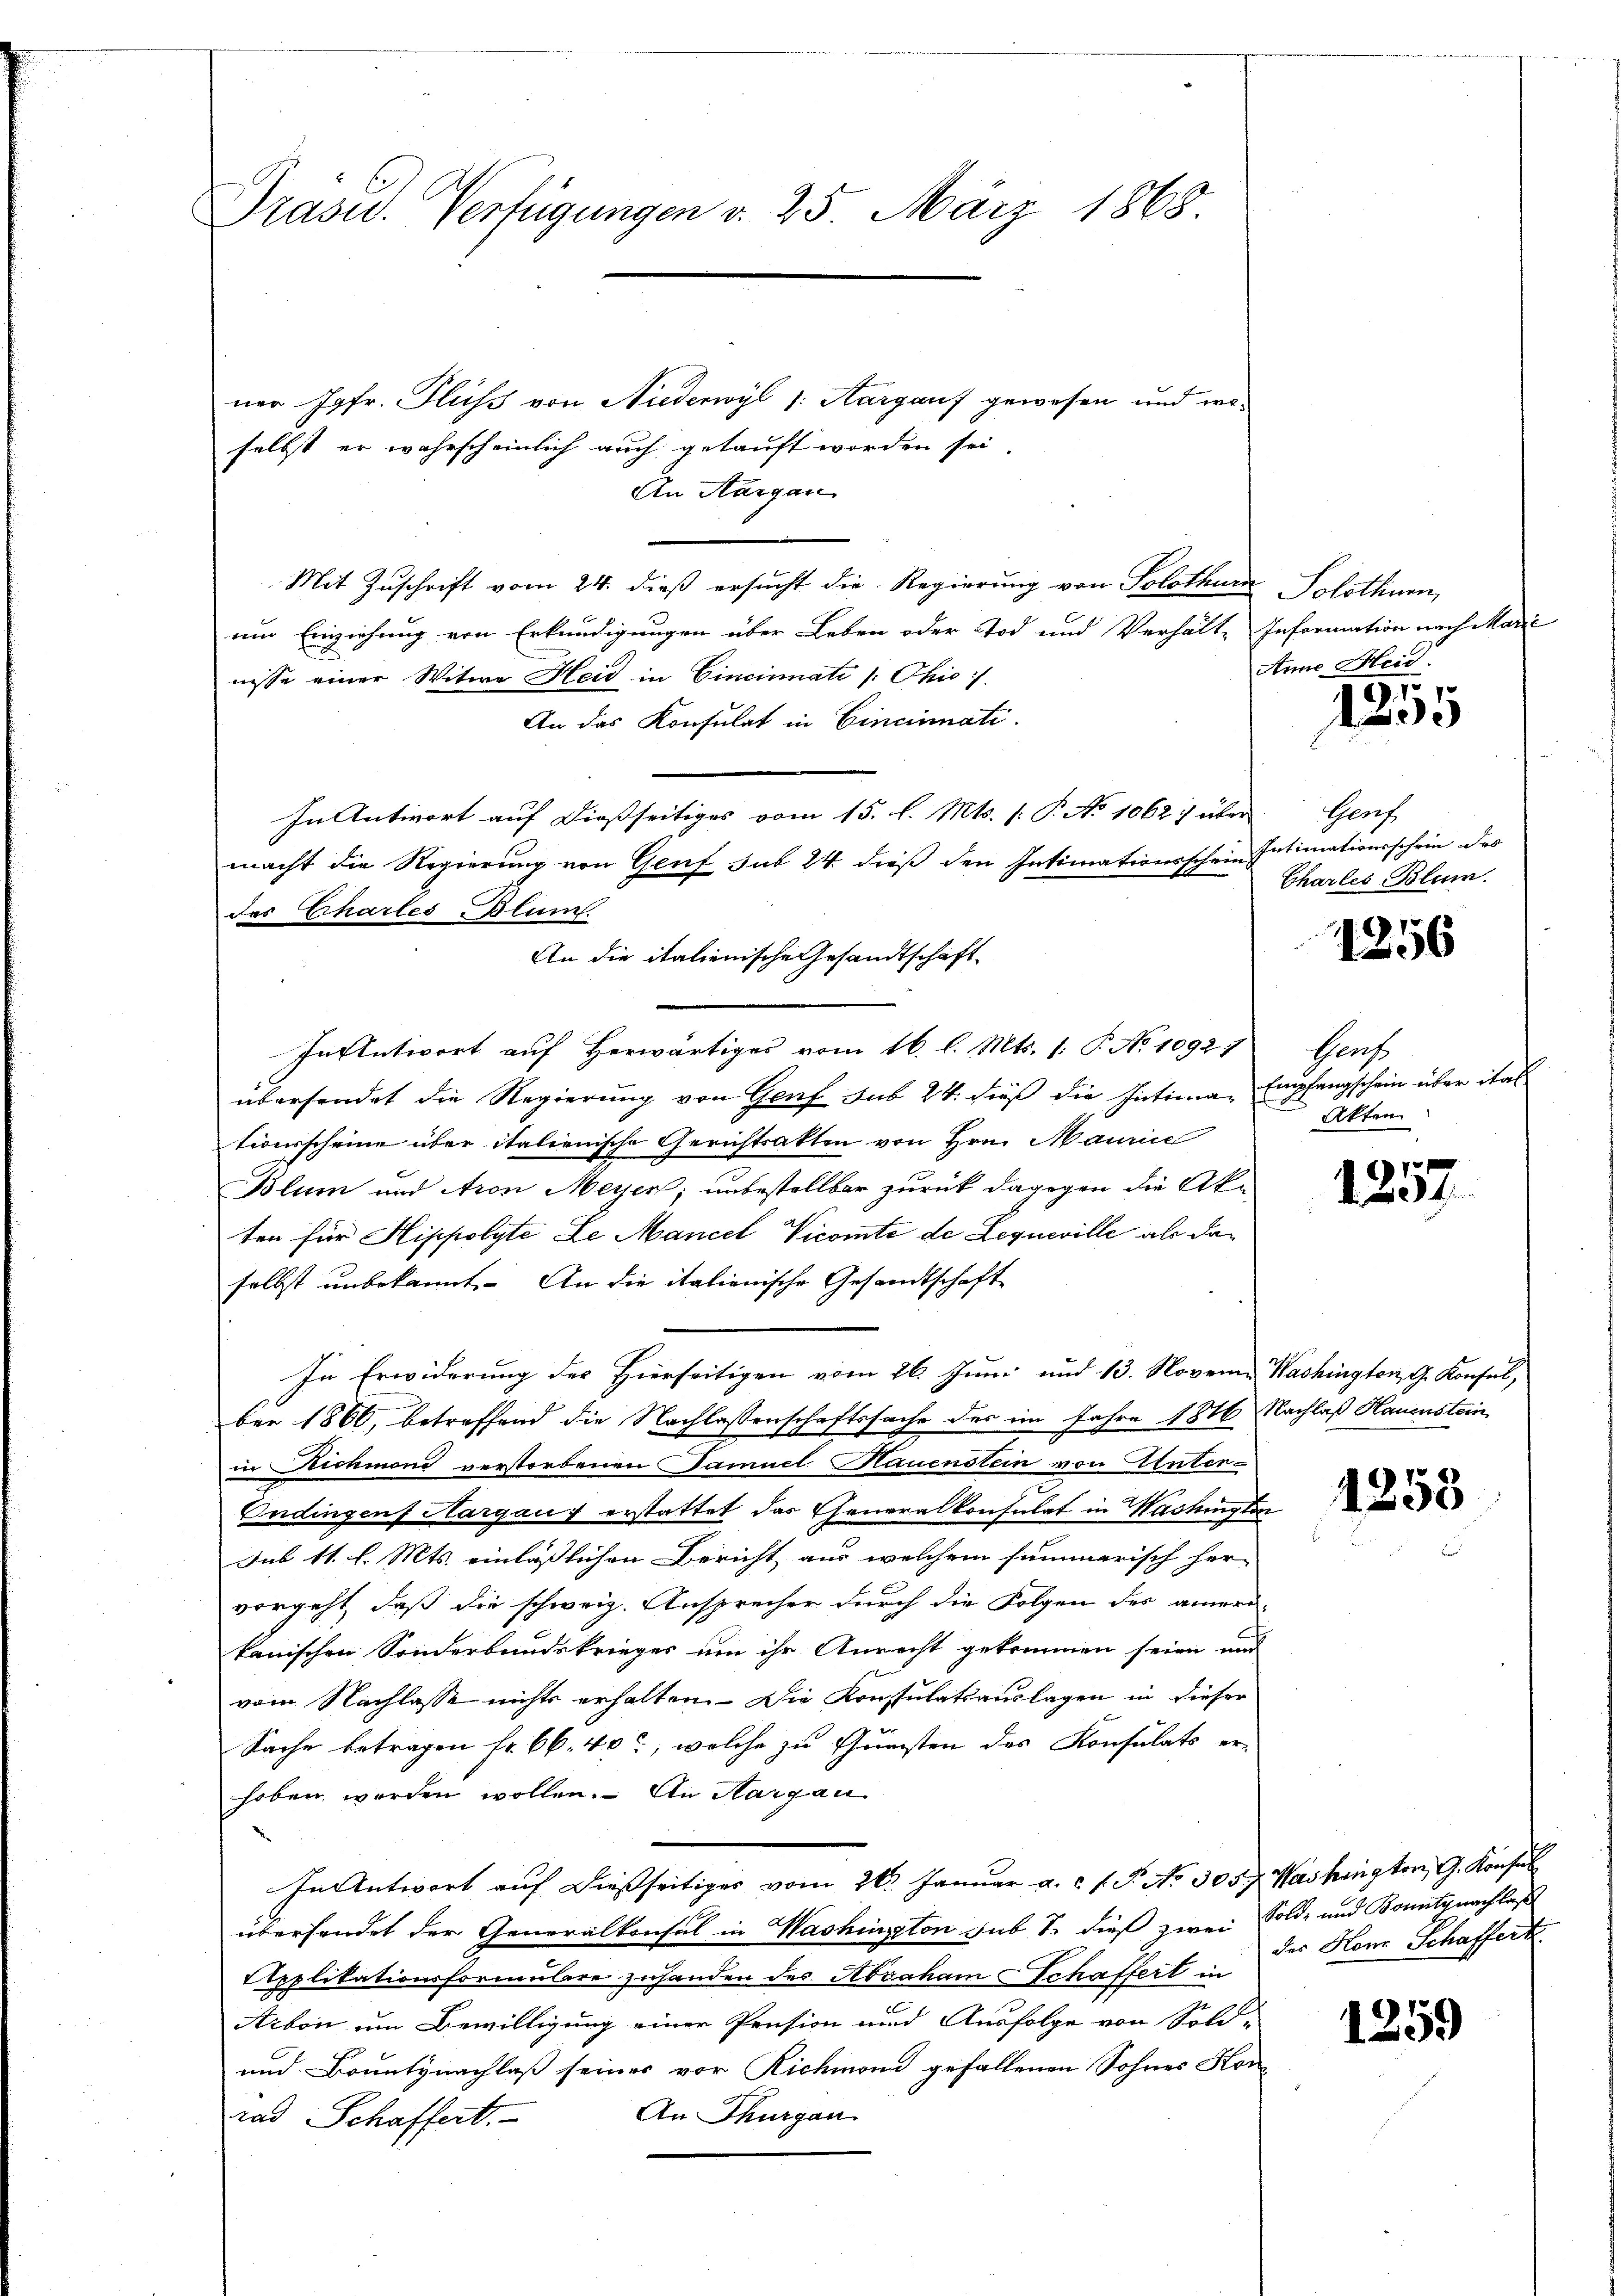
Präsid. Verfügungen v. 25. März 1868.

ner Jgfr. Fluss von Niederwyl 1: Aargauf gewesen und wo-
selbst er wahrscheinlich auch getauft worden sei.
An Aargau
Mit Zuschrift vom 24. dieß ersucht die Regierung von Solothurn, Solothurn,
um Einziehung von Erkundigungen über Leben oder Tod und Verhälte Information nach Marić
nisse einer Witwe Heid in Cincinati /: Ohio.
An das Konsulat in Cincinnati
In Antwort auf dießseitiges vom 15. l. Mts. f. P. No 1062 : über
macht die Regierung von Genf sub 24 dieß den Intimationsschein Intimationsschein des
An die italienische Gesandtschaft.
In Antwort auf Herwärtiges vom 16. l. Mts. 1. P. No 1092)
übersendet die Regierung von Genf sub 24. dieß die Intima, Empfangschein über ital
tionsscheine über italienische Gerichtsakten von Hrn. Maurice
Blum und Aron Meyen; unbestellbar zurück dagegen die Akten für Hippolyte Le Mancel Vicomte de Legueville als da
selbst unbekannt. An die italienische Gesandtschaft
In Erwiderung der Hierseitigen vom 26. Juni und 13. Novem Washington G. Konsul,
ber 1866, betreffend die Nachlassenschaftssache des im Jahre 1886 Nachlaß Hauenstein
in Richmond verstorbenen Samuel Hauenstein von Unter-
Endingens Aargau f erstattet das Generalkonsulat in Washington
Sub 11. l. Mts. einläßlichen Bericht aus welchem summarisch her-
vorgeht, daß die schweiz. Ansprecher durch die Folgen des amere-
kanischen Sonderbundskrieges um ihr Anrecht gekommen seien und
vom Nachlasse nichts erhalten. Die Konstulatsauslagen in dieser
Sache betragen fr. 66. 40, welche zu Gunsten des Konsulats erhoben worden wollen. An Margau
In Antwort auf dießseitiges vom 26. Januar a. c. f. P. No. 305. Washington, G. Konfel
übersendet der Generalkonsul in Washington sub S. dieß zwei Solde und Bonitznachlaß
Applikationsformulare zuhanden des Abraham Schaffert in
Arbon um Bewilligung einer Pension und Ausfolge von Sold-
und Bountynachlaß seines vor Richmand gefallenen Sohnes Kor¬
An Thurgau
rad Schaffert.

des Erhartes Blum

Anna Heid

1255

Gerf
Charles Blum.

1256

Hech
Akten

x
1234

1253

der Honz Schaffert

1259